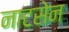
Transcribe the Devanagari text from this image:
नाटसेन